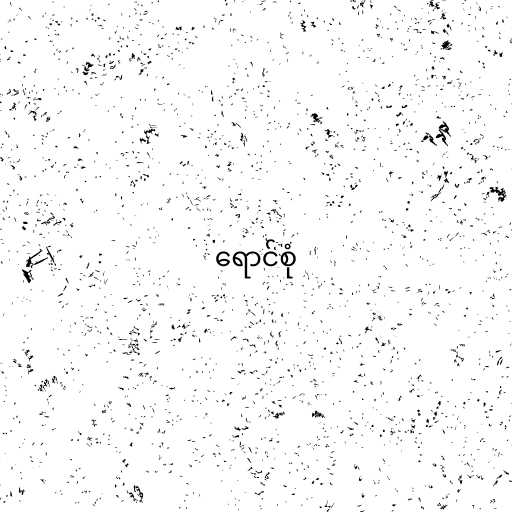
ရောင်စုံ